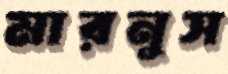
মারনুস